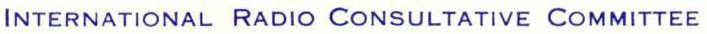
INTERNATIONAL RADIO CONSULTATIVE COMMITTEE